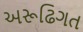
અરૂઢિગત